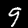
Digit: 9